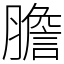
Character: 膽